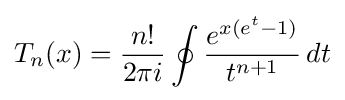
T_{n}(x)={\frac {n!}{2\pi i}}\oint {\frac {e^{x({e^{t}}-1)}}{t^{n+1}}}\,dt